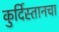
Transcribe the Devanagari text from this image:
कुर्दिस्तानचा